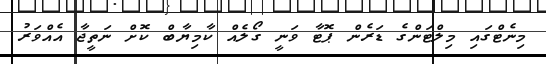
މިނެޓްގައި މިލްޓަންގެ ޑަރެން ޕޮޓާ ވަނީ ގޯލެއް ކާމިޔާބް ކޮށް ނަތީޖާ އެއްވަރު